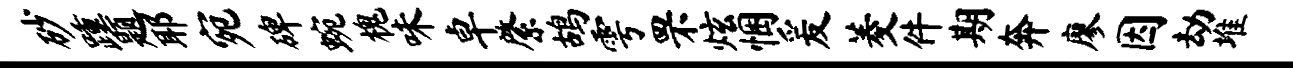
砂踵题耶宛碑蜿槐味卓綮鸪雩罘炫悃爰菱件期奔廖因劫堆